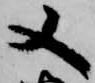
又